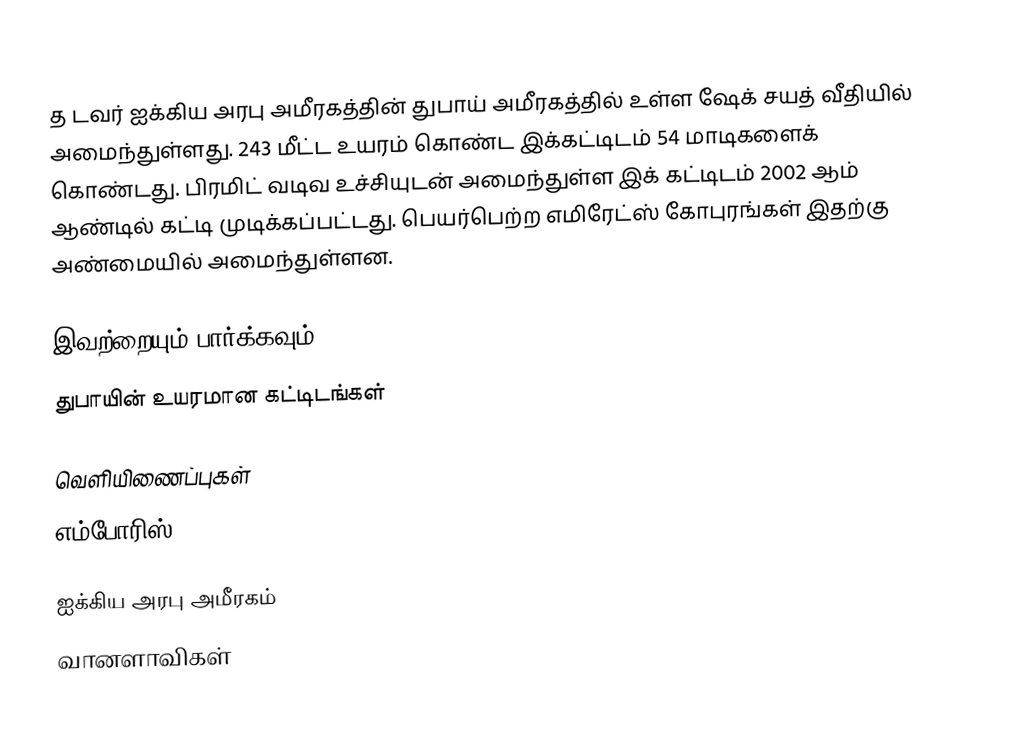
த டவர் ஐக்கிய அரபு அமீரகத்தின் துபாய் அமீரகத்தில் உள்ள ஷேக் சயத் வீதியில் அமைந்துள்ளது. 243 மீட்ட உயரம் கொண்ட இக்கட்டிடம் 54 மாடிகளைக் கொண்டது. பிரமிட் வடிவ உச்சியுடன் அமைந்துள்ள இக் கட்டிடம் 2002 ஆம் ஆண்டில் கட்டி முடிக்கப்பட்டது. பெயர்பெற்ற எமிரேட்ஸ் கோபுரங்கள் இதற்கு அண்மையில் அமைந்துள்ளன.

இவற்றையும் பார்க்கவும்
துபாயின் உயரமான கட்டிடங்கள்

வெளியிணைப்புகள்
 எம்போரிஸ்

ஐக்கிய அரபு அமீரகம்
வானளாவிகள்